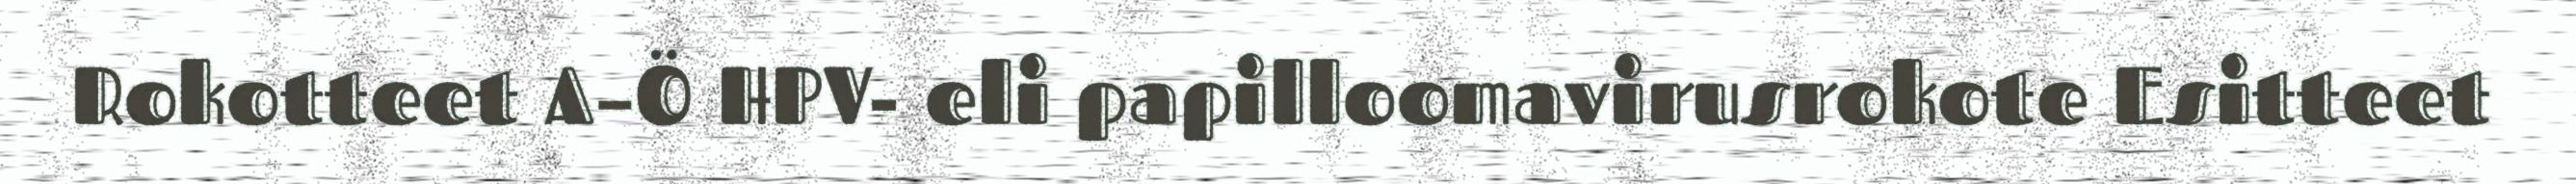
Rokotteet A–Ö HPV- eli papilloomavirusrokote Esitteet